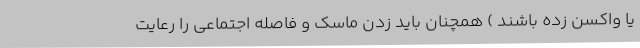
یا واکسن زده باشند ) همچنان باید زدن ماسک و فاصله اجتماعی را رعایت